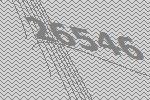
26546